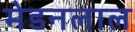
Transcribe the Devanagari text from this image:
मेडनलाल